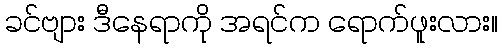
ခင်ဗျား ဒီနေရာကို အရင်က ရောက်ဖူးလား။